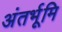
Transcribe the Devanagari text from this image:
अंतर्भूमि